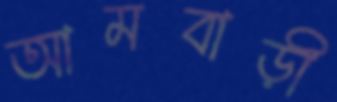
আমবাড়ী